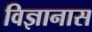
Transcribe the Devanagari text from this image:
विज्ञानास